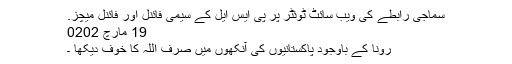
سماجی رابطے کی ویب سائٹ ٹوئٹر پر پی ایس ایل کے سیمی فائنل اور فائنل میچز.
19 مارچ‬‮ 2020
رونا کے باوجود پاکستانیوں کی آنکھوں میں صرف اللہ کا خوف دیکھا ۔